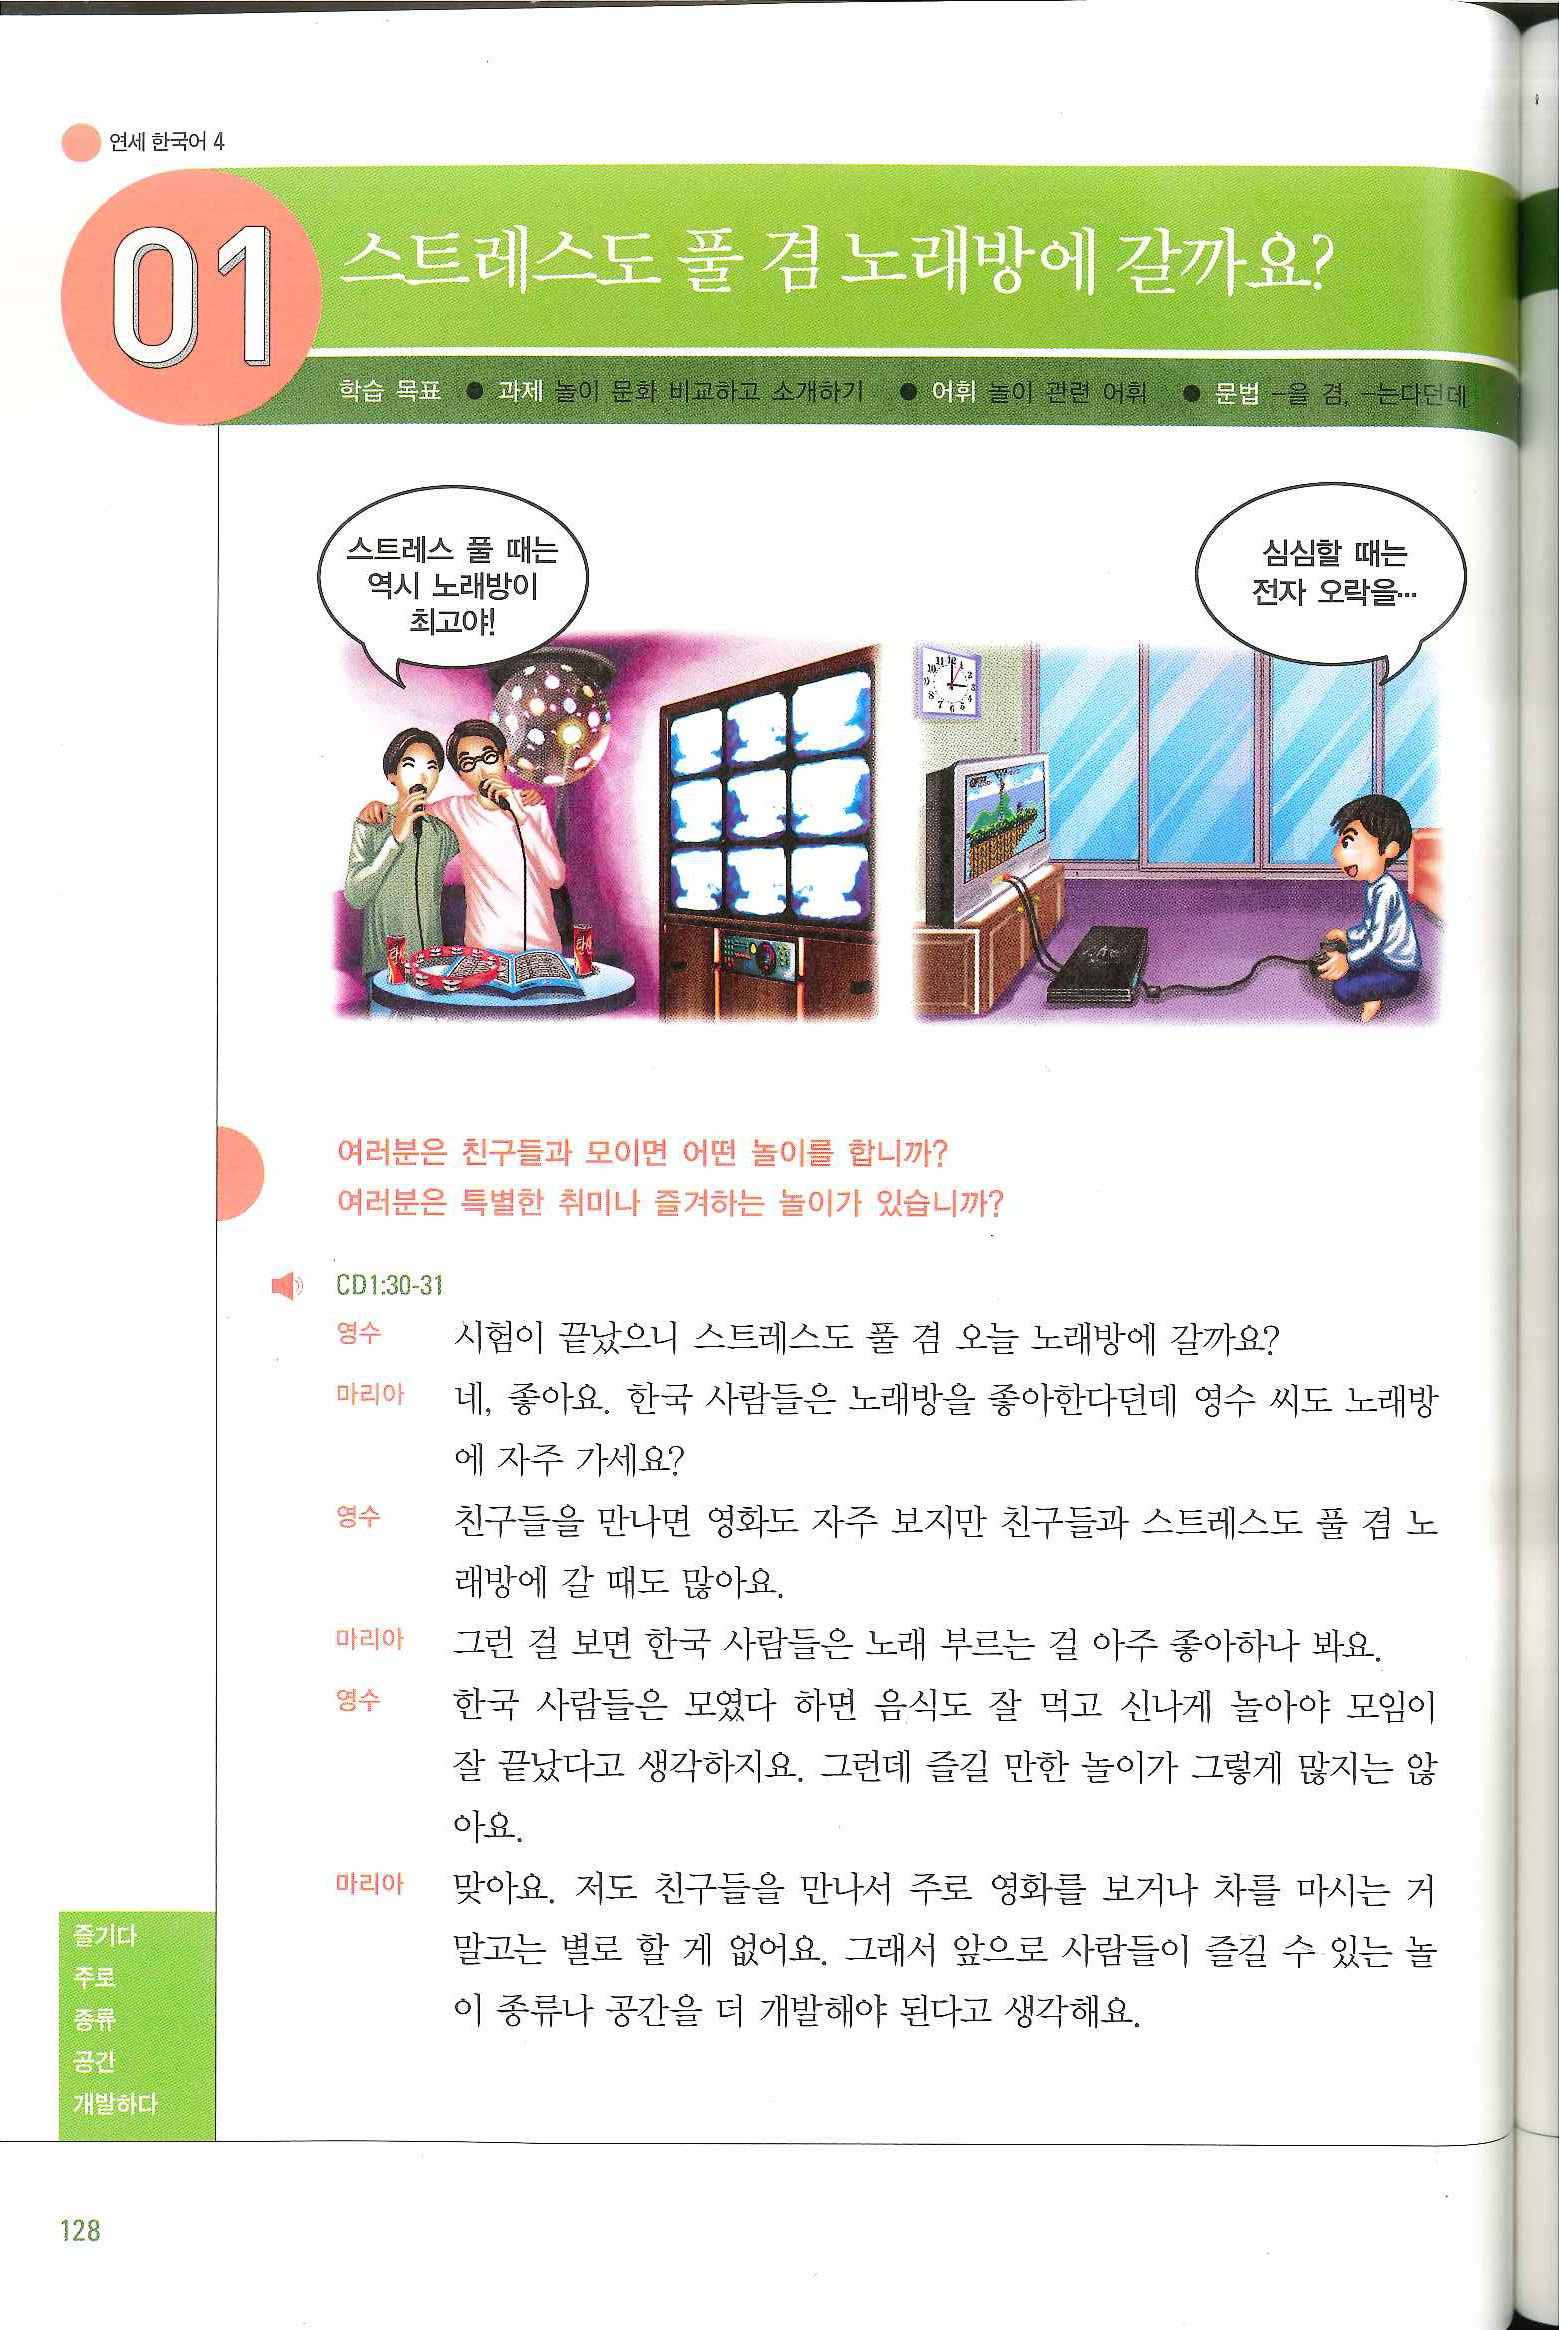
Language: ko